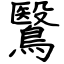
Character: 鷖